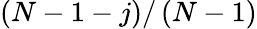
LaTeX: \left(N-1-j\right)/\left(N-1\right)